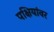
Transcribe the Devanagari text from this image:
पक्षियांवर